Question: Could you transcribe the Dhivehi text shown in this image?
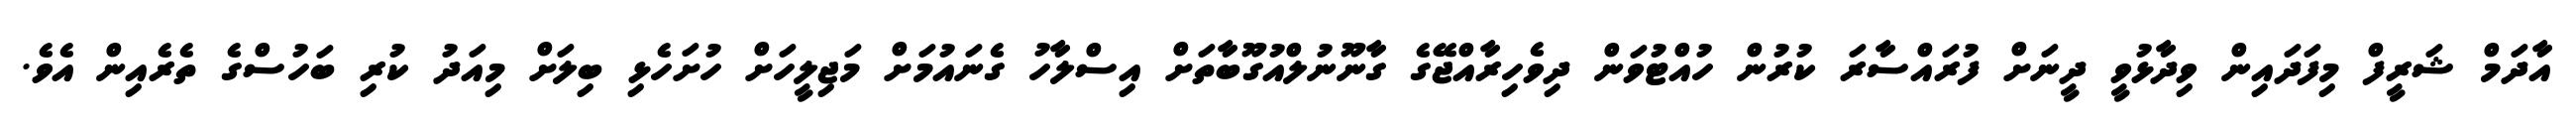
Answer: އާދަމް ޝަރީފް މިފަދައިން ވިދާޅުވީ ދީނަށް ފުރައްސާރަ ކުރުން ހުއްޓުވަން ދިވެހިރާއްޖޭގެ ގާނޫނުލްއުގޫބާތަށް އިސްލާހު ގެނައުމަށް މަޖިލީހަށް ހުށަހެޅި ބިލަށް މިއަދު ކުރި ބަހުސްގެ ތެރެއިން އެވެ.